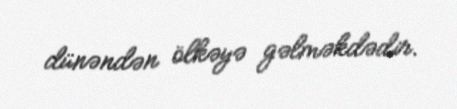
dünəndən ölkəyə gəlməkdədir.